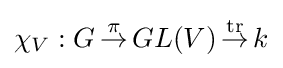
\chi _{V}:G\,{\overset {\pi }{\to }}\,GL(V)\,{\overset {\operatorname {tr} }{\to }}\,k